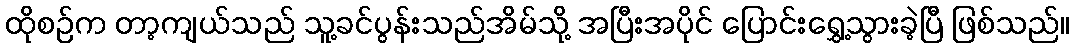
ထိုစဉ်က တာ့ကျယ်သည် သူ့ခင်ပွန်းသည်အိမ်သို့ အပြီးအပိုင် ပြောင်းရွှေ့သွားခဲ့ပြီ ဖြစ်သည်။